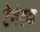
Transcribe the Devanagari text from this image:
टेगेटन